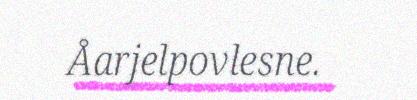
Åarjelpovlesne.